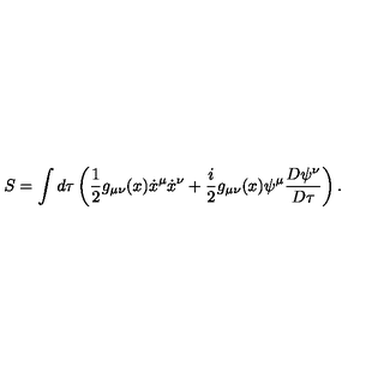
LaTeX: S = \int d \tau \left( \frac 1 2 g _ { \mu \nu } ( x ) \dot { x } ^ { \mu } \dot { x } ^ { \nu } + \frac { i } { 2 } g _ { \mu \nu } ( x ) \psi ^ { \mu } \frac { D \psi ^ { \nu } } { D \tau } \right) .